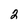
Character: 2